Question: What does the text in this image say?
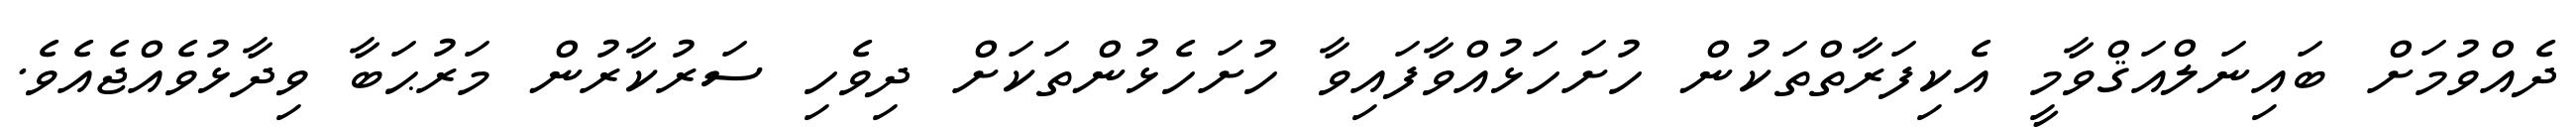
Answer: ދެއްވުމަށް ބައިނަލްއަޤްވާމީ އެކިފަރާތްތަކުން ހުށަހަޅުއްވާފައިވާ ހުށަހެޅުންތަކަށް ދިވެހި ސަރުކާރުން މަރުޙަބާ ވިދާޅުވެއްޖެއެވެ.